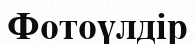
Фотоүлдір